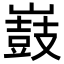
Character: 𡽂